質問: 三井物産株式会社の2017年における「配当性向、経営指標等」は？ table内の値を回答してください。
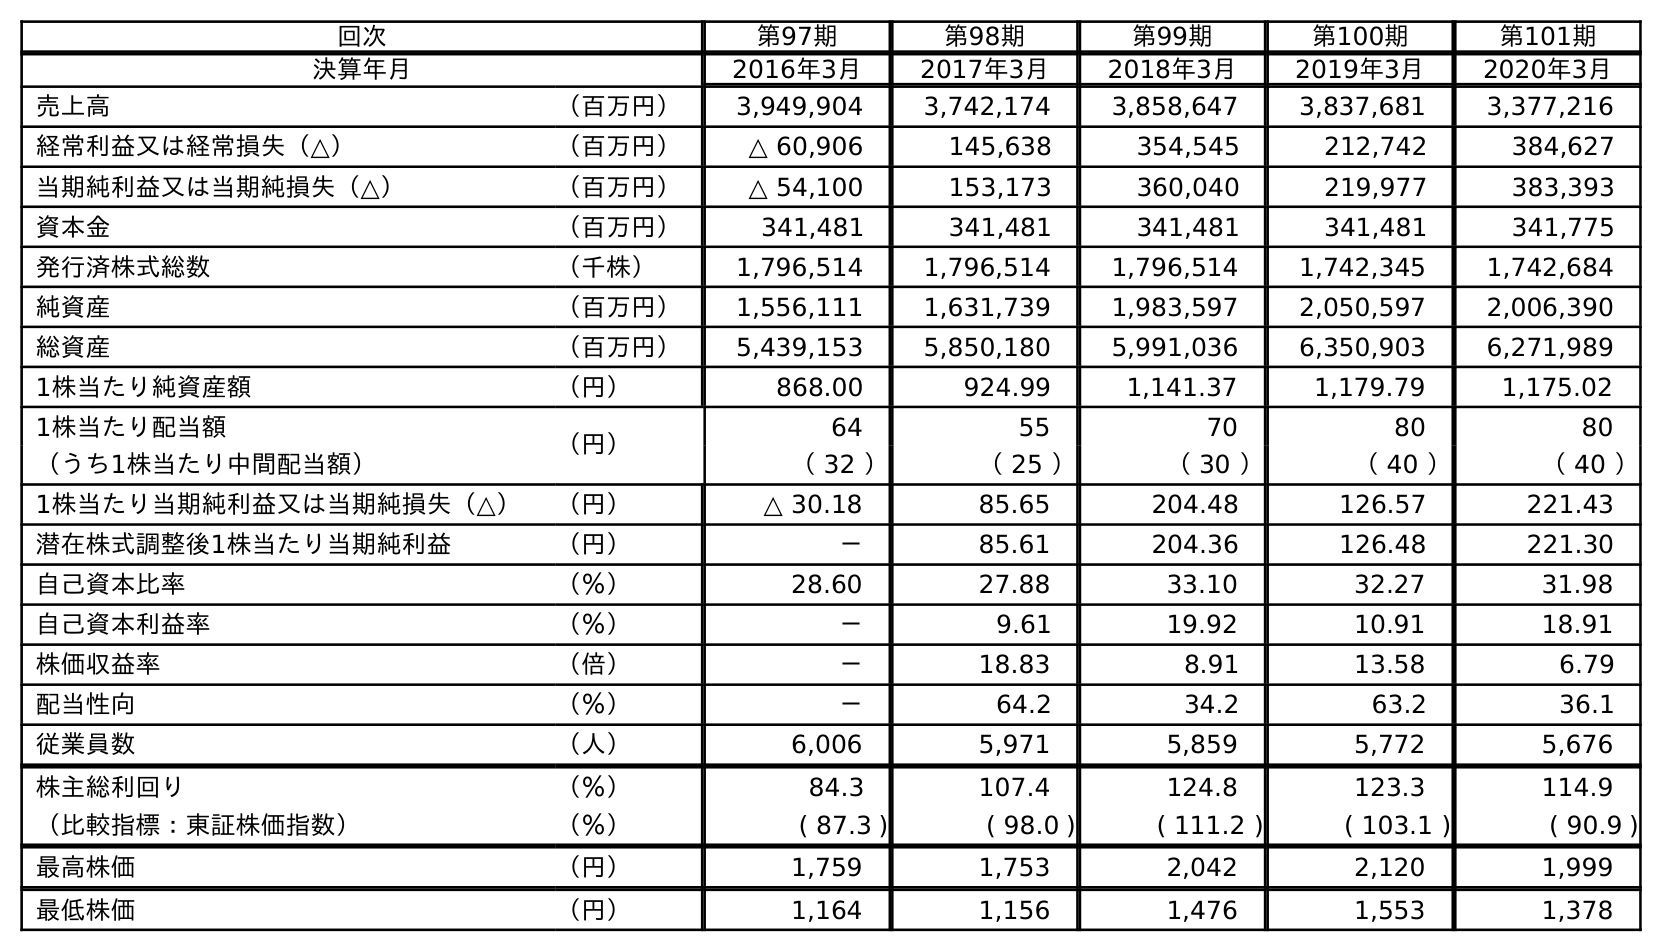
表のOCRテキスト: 回次 第97期 第98期 第99期 第100期 第101期 決算年月 2016年3月 2017年3月 2018年3月 2019年3月 2020年3月 売上高 （百万円） 3,949,904 3,742,174 3,858,647 3,837,681 3,377,216 経常利益又は経常損失（△） （百万円） △ 60,906 145,638 354,545 212,742 384,627 当期純利益又は当期純損失（△） （百万円） △ 54,100 153,173 360,040 219,977 383,393 資本金 （百万円） 341,481 341,481 341,481 341,481 341,775 発行済株式総数 （千株） 1,796,514 1,796,514 1,796,514 1,742,345 1,742,684 純資産 （百万円） 1,556,111 1,631,739 1,983,597 2,050,597 2,006,390 総資産 （百万円） 5,439,153 5,850,180 5,991,036 6,350,903 6,271,989 1株当たり純資産額 （円） 868.00 924.99 1,141.37 1,179.79 1,175.02 1株当たり配当額 （円） 64 55 70 80 80 （うち1株当たり中間配当額） （ 32 ） （ 25 ） （ 30 ） （ 40 ） （ 40 ） 1株当たり当期純利益又は当期純損失（△） （円） △ 30.18 85.65 204.48 126.57 221.43 潜在株式調整後1株当たり当期純利益 （円） － 85.61 204.36 126.48 221.30 自己資本比率 （％） 28.60 27.88 33.10 32.27 31.98 自己資本利益率 （％） － 9.61 19.92 10.91 18.91 株価収益率 （倍） － 18.83 8.91 13.58 6.79 配当性向 （％） － 64.2 34.2 63.2 36.1 従業員数 （人） 6,006 5,971 5,859 5,772 5,676 株主総利回り （％） 84.3 107.4 124.8 123.3 114.9 （比較指標：東証株価指数） （％） ( 87.3 ) ( 98.0 ) ( 111.2 ) ( 103.1 ) ( 90.9 ) 最高株価 （円） 1,759 1,753 2,042 2,120 1,999 最低株価 （円） 1,164 1,156 1,476 1,553 1,378
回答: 64.2